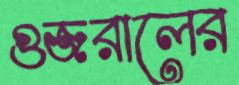
গুজরালের